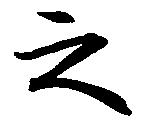
之